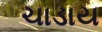
ચાડાય